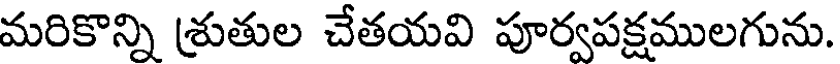
మరికొన్ని శ్రుతుల చేతయవి పూర్వపక్షములగును.